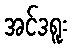
အင်ဒရူး